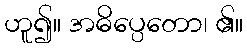
ဟူ၍။ အဓိပ္ပေတော၊ ၏။